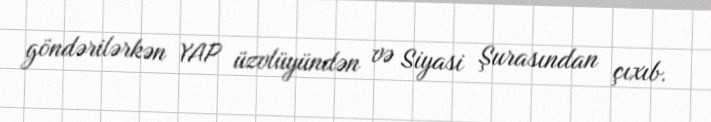
göndərilərkən YAP üzvlüyündən və Siyasi Şurasından çıxıb.